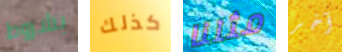
بشروط كذلك مثلنا آخر